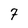
Character: 7